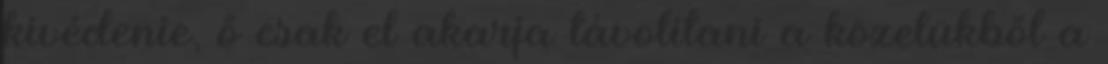
kivédenie, ő csak el akarja távolítani a közelükből a